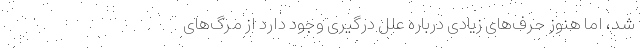
شد، اما هنوز حرف‌های زیادی درباره علل درگیری وجود دارد از مرگ‌های